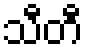
သီတီ